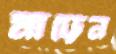
মাড়েন